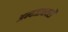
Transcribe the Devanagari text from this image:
अन्यजानवरों